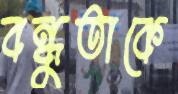
বন্ধুতাকে